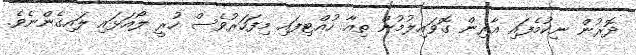
ދޮރުން ނިކުމެފައި އާރިން ގޮވައިލުމުން ތިއާ ހުއްޓިފައި މިފަހަރުވެސް ހުރީ ލޯއަޅައި ލައިގެންނެވެ.